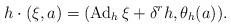
LaTeX: \begin{align*}h\cdot (\xi,a)=(\operatorname{Ad}_h\xi+\delta^rh,\theta_{h}(a)).\end{align*}